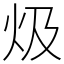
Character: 𤆣